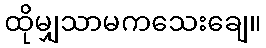
ထိုမျှသာမကသေးချေ။